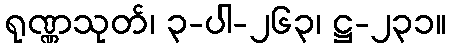
ရုဏ္ဏသုတ်၊ ၃-ပါ-၂၆၃၊ ဋ္ဌ-၂၃၁။